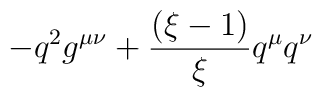
-q^2 g^{\mu\nu}+\frac{(\xi-1)}{\xi} q^\mu q^\nu